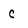
Character: c